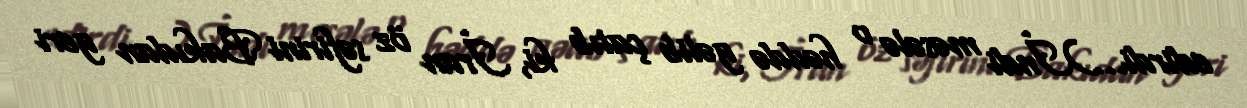
edirdi...)İndi məsələ o həddə gəlib çatıb ki, İran öz səfirini Bakıdan geri